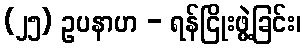
(၂၅) ဥပနာဟ - ရန်ငြိုးဖွဲ့ခြင်း၊